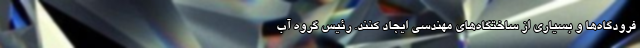
فرودگاه‌ها و بسیاری از ساختگاه‌های مهندسی ایجاد کنند. رئیس گروه آب